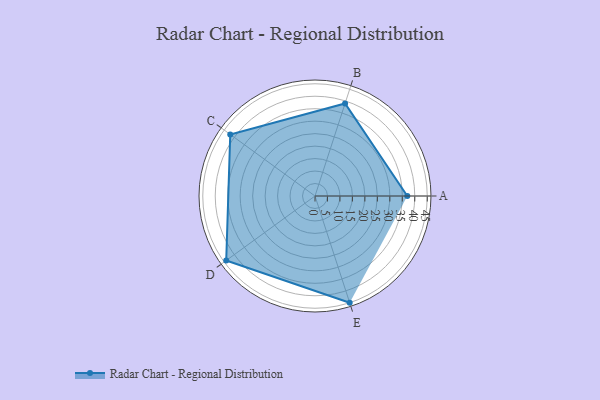
{"axis": {"x": "Skill", "y": "Score"}, "legend": ["Profile"], "data": [{"x": "A", "y": 37.0, "type": "Profile"}, {"x": "B", "y": 39.0, "type": "Profile"}, {"x": "C", "y": 42.0, "type": "Profile"}, {"x": "D", "y": 44.0, "type": "Profile"}, {"x": "E", "y": 45.0, "type": "Profile"}]}